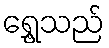
ရွှေ့သည်